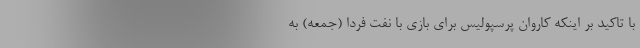
با تاکید بر اینکه کاروان پرسپولیس برای بازی با نفت فردا (جمعه) به